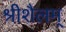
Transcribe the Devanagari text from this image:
श्रीशैलम्